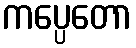
ကပ္ပေတော